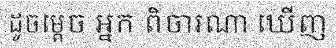
ដូចម្តេច អ្នក ពិចារណា ឃើញ